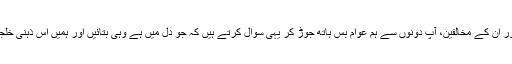
منظور پشتین اور ان کے مخالفین، آپ دونوں سے ہم عوام بس ہاتھ جوڑ کر یہی سوال کرتے ہیں کہ جو دل میں ہے وہی بتائیں اور ہمیں اس ذہنی خلجان سے نکالیں۔